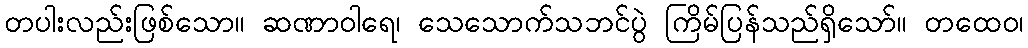
တပါးလည်းဖြစ်သော။ ဆဏာဝါရေ၊ သေသောက်သဘင်ပွဲ ကြိမ်ပြန်သည်ရှိသော်။ တထေဝ၊